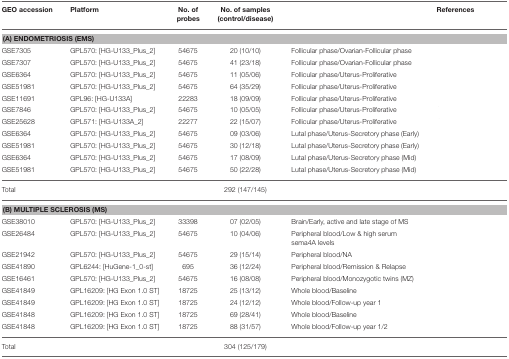
<table><thead><tr><td><b>GEO accession</b></td><td><b>Platform</b></td><td><b>No. of probes</b></td><td><b>No. of samples (control/disease)</b></td><td>[EMPTY_CELL]</td><td><b>References</b></td></tr></thead><tbody><tr><td colspan="6"><b>(A) ENDOMETRIOSIS (EMS)</b></td></tr><tr><td>GSE7305</td><td>GPL570: [HG-U133_Plus_2]</td><td>54675</td><td>20 (10/10)</td><td>Follicular phase/Ovarian-Follicular phase</td><td>[EMPTY_CELL]</td></tr><tr><td>GSE7307</td><td>GPL570: [HG-U133_Plus_2]</td><td>54675</td><td>41 (23/18)</td><td>Follicular phase/Ovarian-Follicular phase</td><td>[EMPTY_CELL]</td></tr><tr><td>GSE6364</td><td>GPL570: [HG-U133_Plus_2]</td><td>54675</td><td>11 (05/06)</td><td>Follicular phase/Uterus-Proliferative</td><td>[EMPTY_CELL]</td></tr><tr><td>GSE51981</td><td>GPL570: [HG-U133_Plus_2]</td><td>54675</td><td>64 (35/29)</td><td>Follicular phase/Uterus-Proliferative</td><td>[EMPTY_CELL]</td></tr><tr><td>GSE11691</td><td>GPL96: [HG-U133A]</td><td>22283</td><td>18 (09/09)</td><td>Follicular phase/Uterus-Proliferative</td><td>[EMPTY_CELL]</td></tr><tr><td>GSE7846</td><td>GPL570: [HG-U133_Plus_2]</td><td>54675</td><td>10 (05/05)</td><td>Follicular phase/Uterus-Proliferative</td><td>[EMPTY_CELL]</td></tr><tr><td>GSE25628</td><td>GPL571: [HG-U133A_2]</td><td>22277</td><td>22 (15/07)</td><td>Follicular phase/Uterus-Proliferative</td><td>[EMPTY_CELL]</td></tr><tr><td>GSE6364</td><td>GPL570: [HG-U133_Plus_2]</td><td>54675</td><td>09 (03/06)</td><td>Lutal phase/Uterus-Secretory phase (Early)</td><td>[EMPTY_CELL]</td></tr><tr><td>GSE51981</td><td>GPL570: [HG-U133_Plus_2]</td><td>54675</td><td>30 (12/18)</td><td>Lutal phase/Uterus-Secretory phase (Early)</td><td>[EMPTY_CELL]</td></tr><tr><td>GSE6364</td><td>GPL570: [HG-U133_Plus_2]</td><td>54675</td><td>17 (08/09)</td><td>Lutal phase/Uterus-Secretory phase (Mid)</td><td>[EMPTY_CELL]</td></tr><tr><td>GSE51981</td><td>GPL570: [HG-U133_Plus_2]</td><td>54675</td><td>50 (22/28)</td><td>Lutal phase/Uterus-Secretory phase (Mid)</td><td>[EMPTY_CELL]</td></tr><tr><td>Total</td><td>[EMPTY_CELL]</td><td>[EMPTY_CELL]</td><td>292 (147/145)</td><td>[EMPTY_CELL]</td><td>[EMPTY_CELL]</td></tr><tr><td colspan="6"><b>(B) MULTIPLE SCLEROSIS (MS)</b></td></tr><tr><td>GSE38010</td><td>GPL570: [HG-U133_Plus_2]</td><td>33398</td><td>07 (02/05)</td><td>Brain/Early, active and late stage of MS</td><td>[EMPTY_CELL]</td></tr><tr><td>GSE26484</td><td>GPL570: [HG-U133_Plus_2]</td><td>54675</td><td>10 (04/06)</td><td>Peripheral blood/Low &amp; high serum sema4A levels</td><td>[EMPTY_CELL]</td></tr><tr><td>GSE21942</td><td>GPL570: [HG-U133_Plus_2]</td><td>54675</td><td>29 (15/14)</td><td>Peripheral blood/NA</td><td>[EMPTY_CELL]</td></tr><tr><td>GSE41890</td><td>GPL6244: [HuGene-1_0-st]</td><td>695</td><td>36 (12/24)</td><td>Peripheral blood/Remission &amp; Relapse</td><td>[EMPTY_CELL]</td></tr><tr><td>GSE16461</td><td>GPL570: [HG-U133_Plus_2]</td><td>54675</td><td>16 (08/08)</td><td>Peripheral blood/Monozygotic twins (MZ)</td><td>[EMPTY_CELL]</td></tr><tr><td>GSE41849</td><td>GPL16209: [HG Exon 1.0 ST]</td><td>18725</td><td>25 (13/12)</td><td>Whole blood/Baseline</td><td>[EMPTY_CELL]</td></tr><tr><td>GSE41849</td><td>GPL16209: [HG Exon 1.0 ST]</td><td>18725</td><td>24 (12/12)</td><td>Whole blood/Follow-up year 1</td><td>[EMPTY_CELL]</td></tr><tr><td>GSE41848</td><td>GPL16209: [HG Exon 1.0 ST]</td><td>18725</td><td>69 (28/41)</td><td>Whole blood/Baseline</td><td>[EMPTY_CELL]</td></tr><tr><td>GSE41848</td><td>GPL16209: [HG Exon 1.0 ST]</td><td>18725</td><td>88 (31/57)</td><td>Whole blood/Follow-up year 1/2</td><td>[EMPTY_CELL]</td></tr><tr><td>Total</td><td>[EMPTY_CELL]</td><td>[EMPTY_CELL]</td><td>304 (125/179)</td><td>[EMPTY_CELL]</td><td>[EMPTY_CELL]</td></tr></tbody></table>